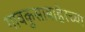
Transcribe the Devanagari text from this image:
गावकुसाबाहेरच्या